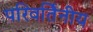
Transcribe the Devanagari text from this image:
परिवर्तिनीय